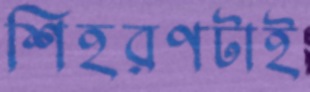
শিহরণটাই